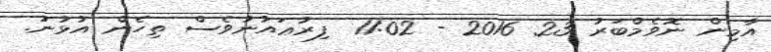
އާމިން ނޮވެމްބަރު 23